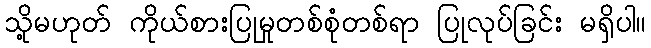
သို့မဟုတ် ကိုယ်စားပြုမှုတစ်စုံတစ်ရာ ပြုလုပ်ခြင်း မရှိပါ။